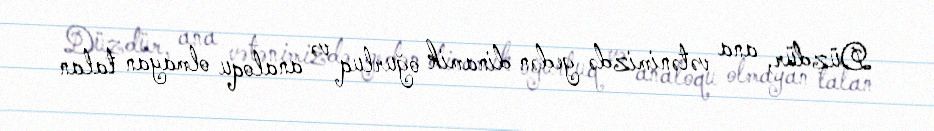
Düzdür, ana vətənimizdə gedən dinamik oğurluq və analoqu olmayan talan